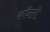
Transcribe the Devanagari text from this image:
कॉनली